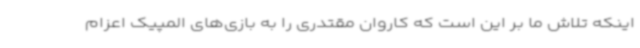
اینکه تلاش ما بر این است که کاروان مقتدری را به بازی‌های المپیک اعزام